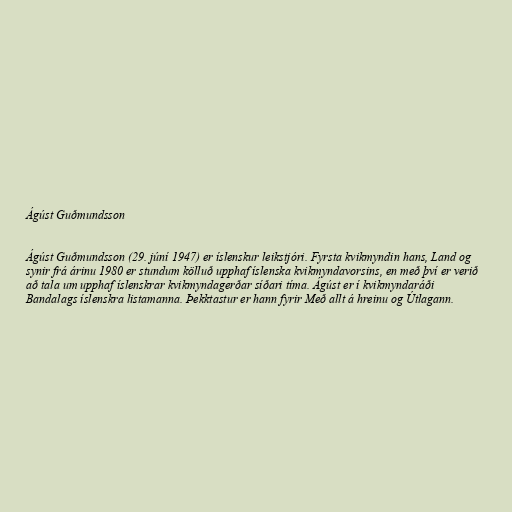
Ágúst Guðmundsson

Ágúst Guðmundsson (29. júní 1947) er íslenskur leikstjóri. Fyrsta kvikmyndin hans, Land og
synir frá árinu 1980 er stundum kölluð upphaf íslenska kvikmyndavorsins, en með því er verið
að tala um upphaf íslenskrar kvikmyndagerðar síðari tíma. Ágúst er í kvikmyndaráði
Bandalags íslenskra listamanna. Þekktastur er hann fyrir Með allt á hreinu og Útlagann.